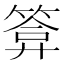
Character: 𮅫